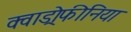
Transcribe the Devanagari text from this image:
क्वाड्रोफीनिया